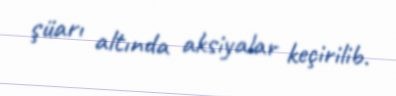
şüarı altında aksiyalar keçirilib.